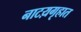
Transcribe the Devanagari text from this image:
नाटय़गृहात